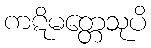
ကဋိမတ္တေသုပိ